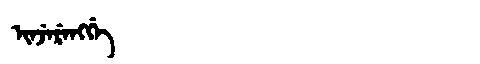
Manchu: ᡳᠨᠵᡝᡵᡝᠩᡤᡝ
Romanization: INJERENGGE